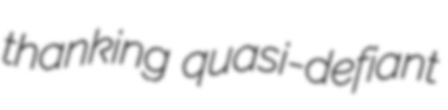
thanking quasi-defiant